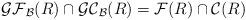
LaTeX: \begin{align*}\mathcal{GF}_{\mathcal B}(R) \cap \mathcal{GC}_{\mathcal B}(R) = \mathcal{F}(R) \cap \mathcal{C}(R)\end{align*}